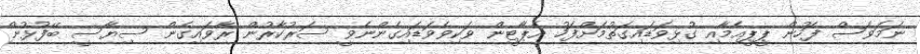
ނަމަވެސް ފަހުން ޕީޕީއެމާއި ގުޅިވަޑައިގަތުމަށްފަހު އެޕާޓީން ވަކިވެވަޑައިގެންނެވީ ސަރުކާރުން ރާވައިގެން ސިޔާސީ ބޭފުޅުން